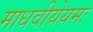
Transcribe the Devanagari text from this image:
माधवीयेयमः